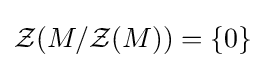
{\mathcal {Z}}(M/{\mathcal {Z}}(M))=\{0\}